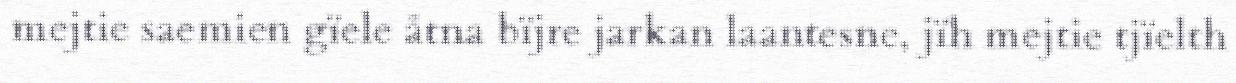
mejtie saemien gïele åtna bïjre jarkan laantesne, jïh mejtie tjïelth